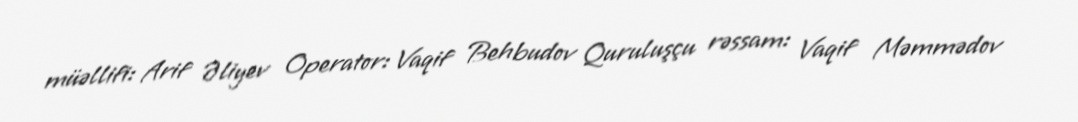
müəllifi: Arif Əliyev Operator: Vaqif Behbudov Quruluşçu rəssam: Vaqif Məmmədov